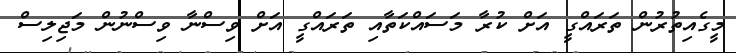
މީގެއިތުރުން ތަރައްގީ އަށް ކުރާ މަސައްކަތާއި ތަރައްގީ އަށް ވިސްނާ ވިސްނުން މަޖިލިސް